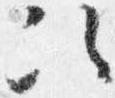
次